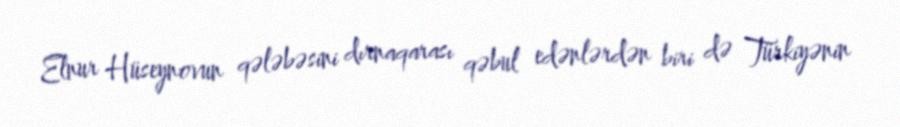
Elnur Hüseynovun qələbəsini dırnaqarası qəbul edənlərdən biri də Türkiyənin